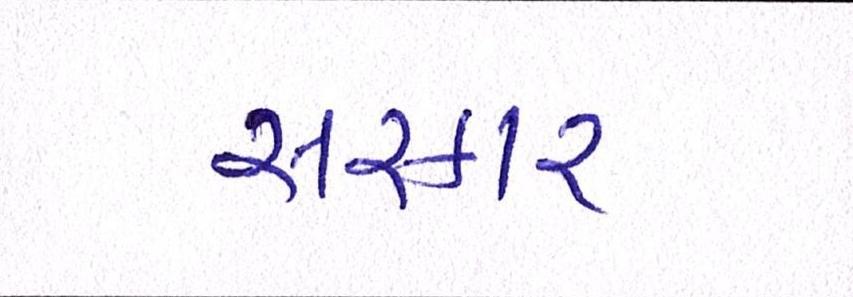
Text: સરકાર